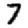
Digit: 7